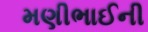
મણીભાઈની